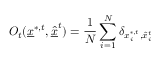
O _ { t } ( \underline { { x } } ^ { * , t } , \underline { { \hat { x } } } ^ { t } ) = \frac { 1 } { N } \sum _ { i = 1 } ^ { N } \delta _ { x _ { i } ^ { * , t } , \hat { x } _ { i } ^ { t } }